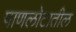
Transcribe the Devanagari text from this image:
पाणलोटातील